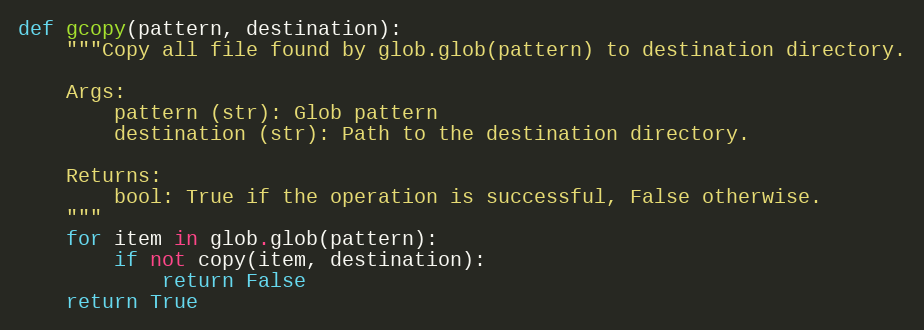
Language: Python
def gcopy(pattern, destination):
    """Copy all file found by glob.glob(pattern) to destination directory.

    Args:
        pattern (str): Glob pattern
        destination (str): Path to the destination directory.

    Returns:
        bool: True if the operation is successful, False otherwise.
    """
    for item in glob.glob(pattern):
        if not copy(item, destination):
            return False
    return True